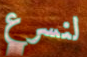
لنسرع